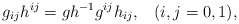
\begin{align*}g_{ij}h^{ij}=gh^{-1}g^{ij}h_{ij}, \hspace{10pt}(i,j=0,1),\end{align*}